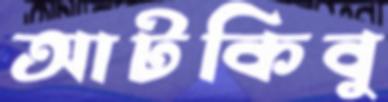
আটকিবু